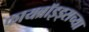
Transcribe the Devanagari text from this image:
फायब्रॉइड्सच्या